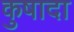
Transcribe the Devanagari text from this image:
कुषादा